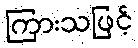
ကြားသဖြင့်